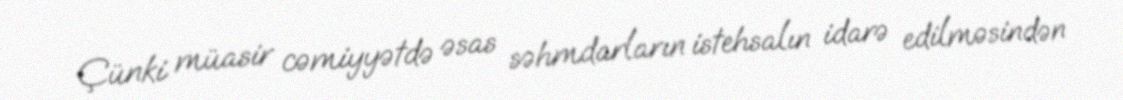
Çünki müasir cəmiyyətdə əsas səhmdarların istehsalın idarə edilməsindən